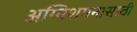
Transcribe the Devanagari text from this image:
अग्निशमनासाठी